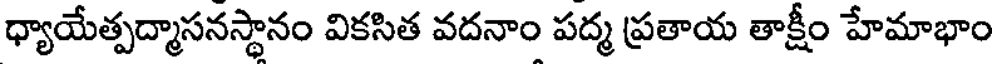
ధ్యాయేత్పద్మాసనస్థానం వికసిత వదనాం పద్మ ప్రతాయ తాక్షీం హేమాభాం